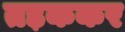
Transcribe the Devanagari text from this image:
तड़ककर